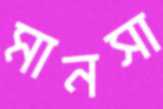
মানসা